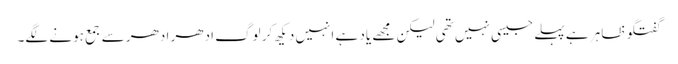
گفتگو ظاہر ہے پہلے جیسی نہیں تھی لیکن مجھے یاد ہے انہیں دیکھ کر لوگ ادھر ادھر سے جمع ہونے لگے۔